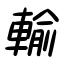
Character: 輸